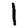
Digit: 1